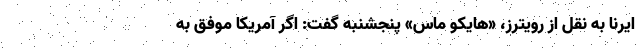
ایرنا به نقل از رویترز، «هایکو ماس» پنجشنبه گفت: اگر آمریکا موفق به